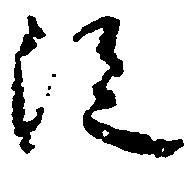
従